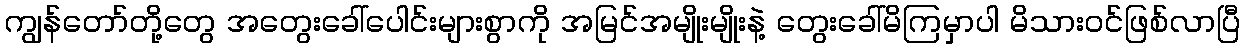
ကျွန်တော်တို့တွေ အတွေးခေါ်ပေါင်းများစွာကို အမြင်အမျိုးမျိုးနဲ့ တွေးခေါ်မိကြမှာပါ မိသားဝင်ဖြစ်လာပြီ